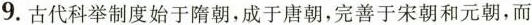
9.古代科举制度始于隋朝，成于唐朝，完善于宋朝和元朝，而